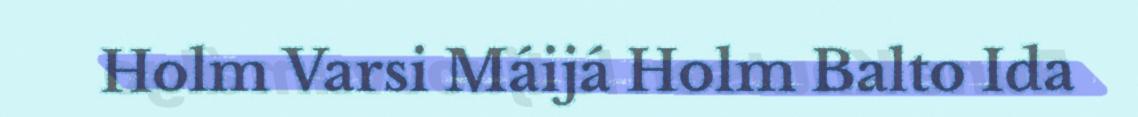
Holm Varsi Máijá Holm Balto Ida